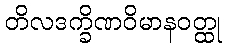
တိလဒက္ခိဏဝိမာနဝတ္ထု